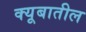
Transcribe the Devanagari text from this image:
क्यूबातील